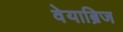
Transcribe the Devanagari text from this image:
वेयाब्रिज